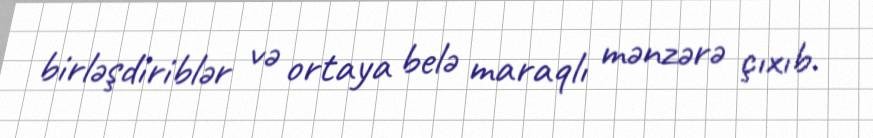
birləşdiriblər və ortaya belə maraqlı mənzərə çıxıb.